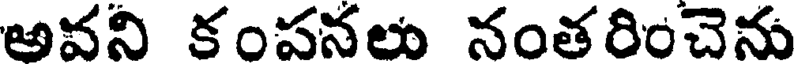
అవని కంపనలు నంతరించెను